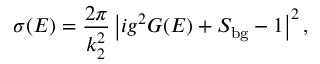
\sigma ( E ) = \frac { 2 \pi } { k _ { 2 } ^ { 2 } } \left\vert i g ^ { 2 } G ( E ) + S _ { \mathrm { b g } } - 1 \right\vert ^ { 2 } ,